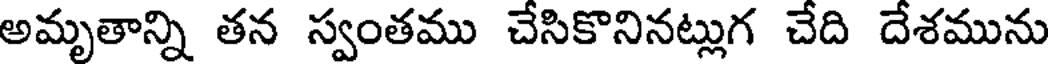
అమృతాన్ని తన స్వంతము చేసికొనినట్లుగ చేది దేశమును